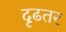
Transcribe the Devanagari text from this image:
दृढतर